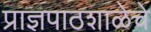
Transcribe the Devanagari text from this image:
प्राज्ञपाठशाळेचे